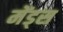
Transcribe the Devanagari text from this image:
मेंड्स